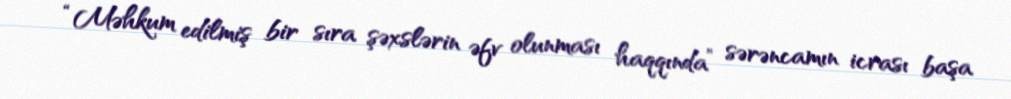
“Məhkum edilmiş bir sıra şəxslərin əfv olunması haqqında” sərəncamın icrası başa